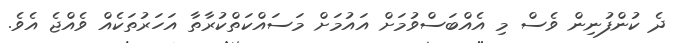
ދެ ކުންފުނިން ވެސް މި އެއްބަސްވުމަށް އައުމަށް މަސައްކަތްކުރާތާ އަހަރުތަކެއް ވެއްޖެ އެވެ.